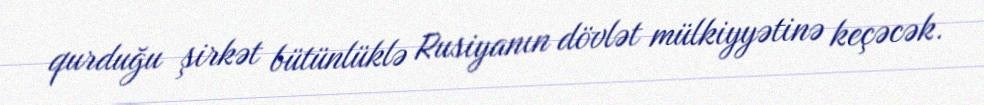
qurduğu şirkət bütünlüklə Rusiyanın dövlət mülkiyyətinə keçəcək.